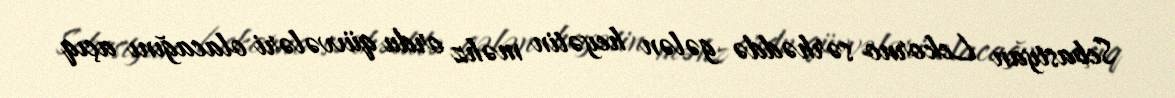
Sebastyan Lekorno sərhəddə gələn heyətin məhz ordu qüvvələri olacağını açıq